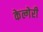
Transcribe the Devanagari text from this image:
केल्गेरी